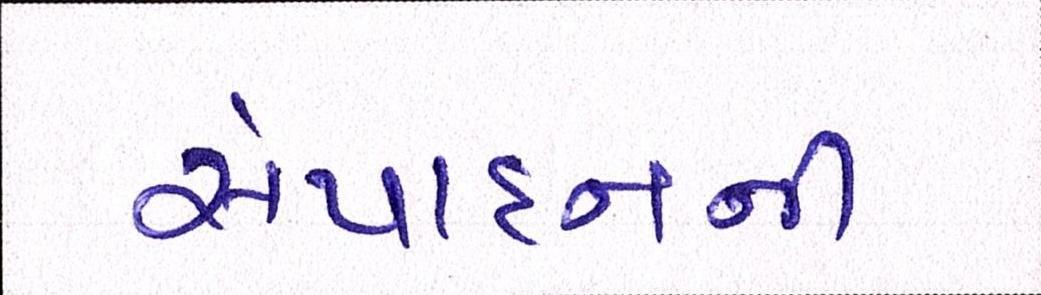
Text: સંપાદનની